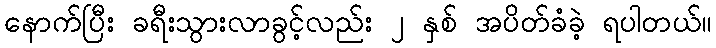
နောက်ပြီး ခရီးသွားလာခွင့်လည်း ၂ နှစ် အပိတ်ခံခဲ့ ရပါတယ်။